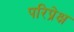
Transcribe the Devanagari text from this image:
परिप्रेक्ष